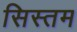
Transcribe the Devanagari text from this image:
सिस्तम